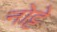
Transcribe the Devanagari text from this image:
नोट्टे